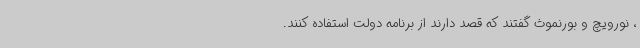
، نورویچ و بورنموث گفتند که قصد دارند از برنامه دولت استفاده کنند.